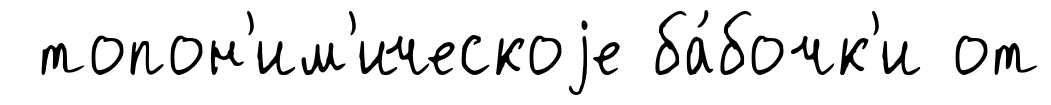
топон'им'ическоjе ба́бочк'и от